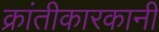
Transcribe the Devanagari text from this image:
क्रांतीकारकानी